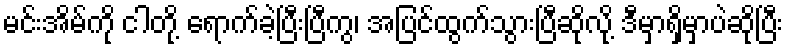
မင်းအိမ်ကို ငါတို့ ရောက်ခဲ့ပြီးပြီကွ၊ အပြင်ထွက်သွားပြီဆိုလို့ ဒီမှာရှိမှာပဲဆိုပြီး